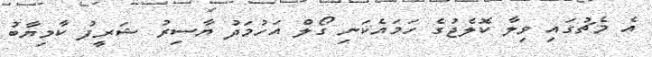
އެ މެޗުގައި ވިލާ ކޮލެޖުގެ ހަމައެކަނި ގޯލް އަހުމަދު ޔާސިރު ޝަރީފު ކާމިޔާބު